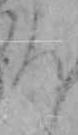
ち